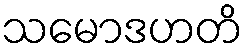
သမောဒဟတိ